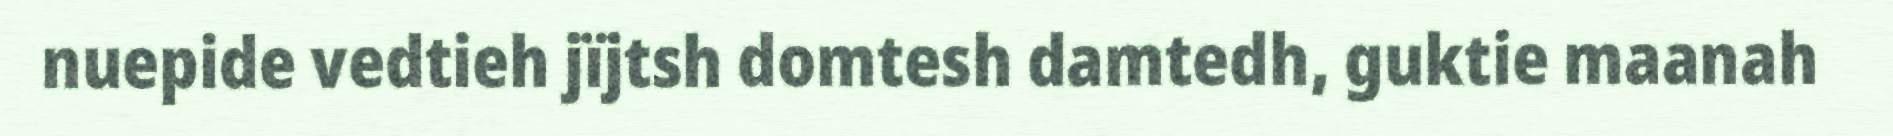
nuepide vedtieh jïjtsh domtesh damtedh, guktie maanah